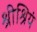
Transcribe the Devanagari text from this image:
श्रीश्रियं